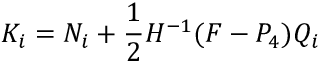
{ \cal K } _ { i } = { N } _ { i } + \frac { 1 } { 2 } H ^ { - 1 } ( F - P _ { 4 } ) Q _ { i }